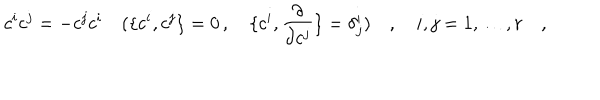
LaTeX: c ^ { i } c ^ { j } = - c ^ { j } c ^ { i } \quad ( \{ c ^ { i } , c ^ { j } \} = 0 \, , \quad \{ c ^ { i } , { \frac { \partial } { \partial c ^ { j } } } \} = \delta _ { j } ^ { i } ) \quad , \quad i , j = 1 , \dots , r \quad ,